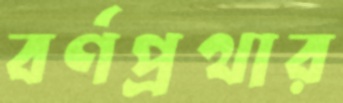
বর্ণপ্রথার